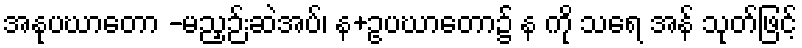
အနုပဃာတော -မညှဉ်းဆဲအပ်၊ န+ဥပဃာတော၌ န ကို သရေ အန် သုတ်ဖြင့်